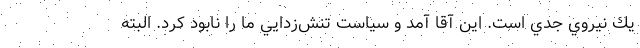
يك نيروي جدي است. اين آقا آمد و سياست تنش‌زدايي ما را نابود كرد. البته